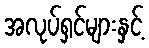
အလုပ်ရှင်များနှင့်